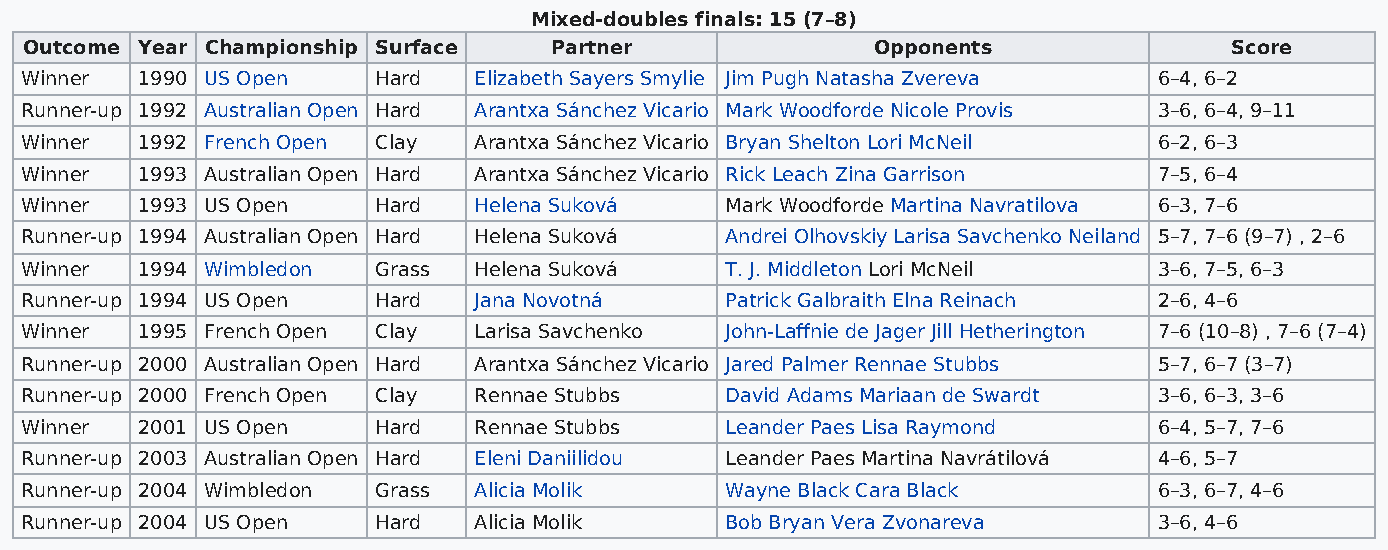
Mixed-doubles finals: 15 (7–8)
 Outcome Year Championship Surface Partner               Opponents               Score
 Winner  1990 US Open    Hard  Elizabeth Sayers Smylie Jim Pugh Natasha Zvereva 6–4, 6–2
 Runner-up 1992 Australian Open Hard Arantxa Sánchez Vicario Mark Woodforde Nicole Provis 3–6, 6–4, 9–11
 Winner  1992 French Open Clay Arantxa Sánchez Vicario Bryan Shelton Lori McNeil 6–2, 6–3
 Winner  1993 Australian Open Hard Arantxa Sánchez Vicario Rick Leach Zina Garrison 7–5, 6–4
 Winner  1993 US Open    Hard  Helena Suková    Mark Woodforde Martina Navratilova 6–3, 7–6
 Runner-up 1994 Australian Open Hard Helena Suková Andrei Olhovskiy Larisa Savchenko Neiland 5–7, 7–6 (9–7) , 2–6
 Winner  1994 Wimbledon  Grass Helena Suková    T. J. Middleton Lori McNeil  3–6, 7–5, 6–3
 Runner-up 1994 US Open  Hard  Jana Novotná     Patrick Galbraith Elna Reinach 2–6, 4–6
 Winner  1995 French Open Clay Larisa Savchenko John-Laffnie de Jager Jill Hetherington 7–6 (10–8) , 7–6 (7–4)
 Runner-up 2000 Australian Open Hard Arantxa Sánchez Vicario Jared Palmer Rennae Stubbs 5–7, 6–7 (3–7)
 Runner-up 2000 French Open Clay Rennae Stubbs  David Adams Mariaan de Swardt 3–6, 6–3, 3–6
 Winner  2001 US Open    Hard  Rennae Stubbs    Leander Paes Lisa Raymond    6–4, 5–7, 7–6
 Runner-up 2003 Australian Open Hard Eleni Daniilidou Leander Paes Martina Navrátilová 4–6, 5–7
 Runner-up 2004 Wimbledon Grass Alicia Molik    Wayne Black Cara Black       6–3, 6–7, 4–6
 Runner-up 2004 US Open  Hard  Alicia Molik     Bob Bryan Vera Zvonareva     3–6, 4–6